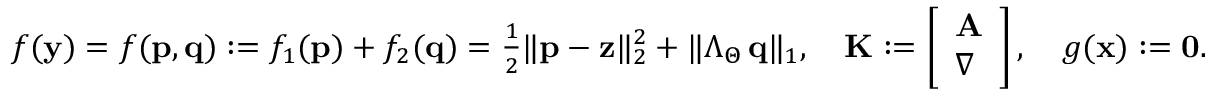
\begin{array} { r } { f ( \mathbf { y } ) = f ( \mathbf { p } , \mathbf { q } ) : = f _ { 1 } ( \mathbf { p } ) + f _ { 2 } ( \mathbf { q } ) = \frac { 1 } { 2 } \| \mathbf { p } - \mathbf { z } \| _ { 2 } ^ { 2 } + \| \boldsymbol { \Lambda } _ { \Theta } \, \mathbf { q } \| _ { 1 } , \quad \mathbf { K } : = \left[ \begin{array} { l } { \mathbf A } \\ { \nabla } \end{array} \right] , \quad g ( \mathbf { x } ) : = \mathbf { 0 } . } \end{array}